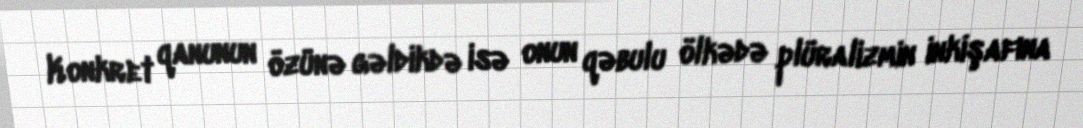
Konkret qanunun özünə gəldikdə isə onun qəbulu ölkədə plüralizmin inkişafına